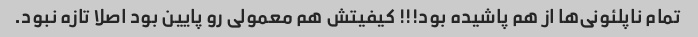
تمام ناپلئونی‌ها از هم پاشیده بود!!! کیفیتش هم معمولی رو پایین بود اصلا تازه نبود.